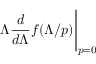
\Lambda \frac { d } { d \Lambda } f ( \Lambda / p ) \Bigg | _ { p = 0 }